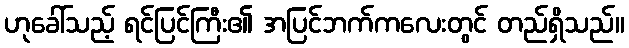
ဟုခေါ်သည့် ရင်ပြင်ကြီး၏ အပြင်ဘက်ကလေးတွင် တည်ရှိသည်။